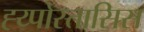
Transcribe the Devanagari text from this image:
ह्य्पोस्तासिस